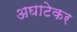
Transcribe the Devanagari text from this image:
अघाटेकर